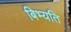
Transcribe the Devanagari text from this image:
बिभ्यति